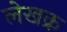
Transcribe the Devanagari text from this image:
लेखक्र